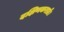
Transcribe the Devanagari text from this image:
दक्षिणकराग्रे।